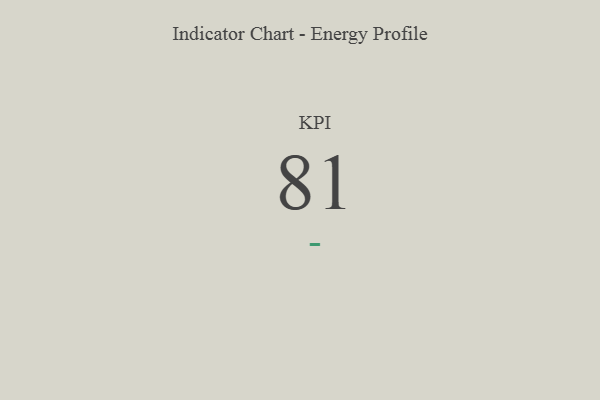
{"axis": {"x": "KPI", "y": "Value"}, "legend": [""], "data": [{"x": "KPI", "y": 81, "type": ""}]}